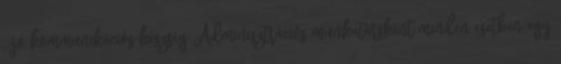
, jó kommunikációs készség Adminisztrációs munkatársként minden esetben egy